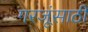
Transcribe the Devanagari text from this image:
गरजूंसाठी